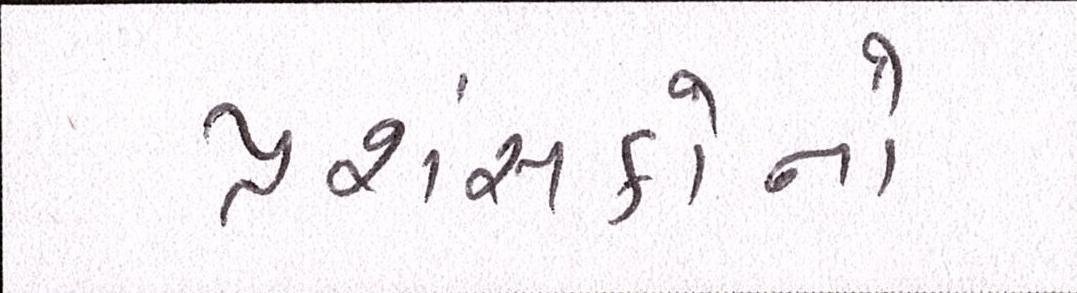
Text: પ્રશંસકોનો